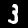
Label: 3